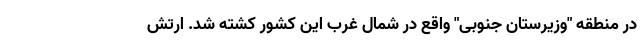
در منطقه "وزیرستان جنوبی" واقع در شمال غرب این کشور کشته شد. ارتش